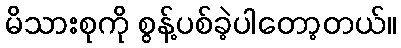
မိသားစုကို စွန့်ပစ်ခဲ့ပါတော့တယ်။